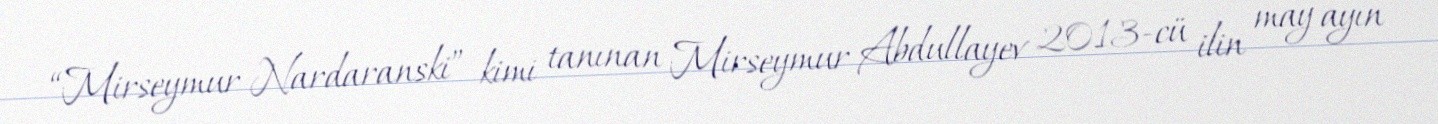
“Mirseymur Nardaranski” kimi tanınan Mirseymur Abdullayev 2013-cü ilin may ayın